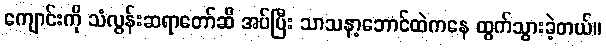
ကျောင်းကို သံလွန်းဆရာတော်ဆီ အပ်ပြီး သာသနာ့ဘောင်ထဲကနေ ထွက်သွားခဲ့တယ်။